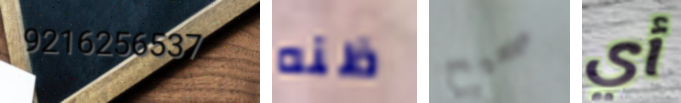
9216256537 ظنه صحيح أي